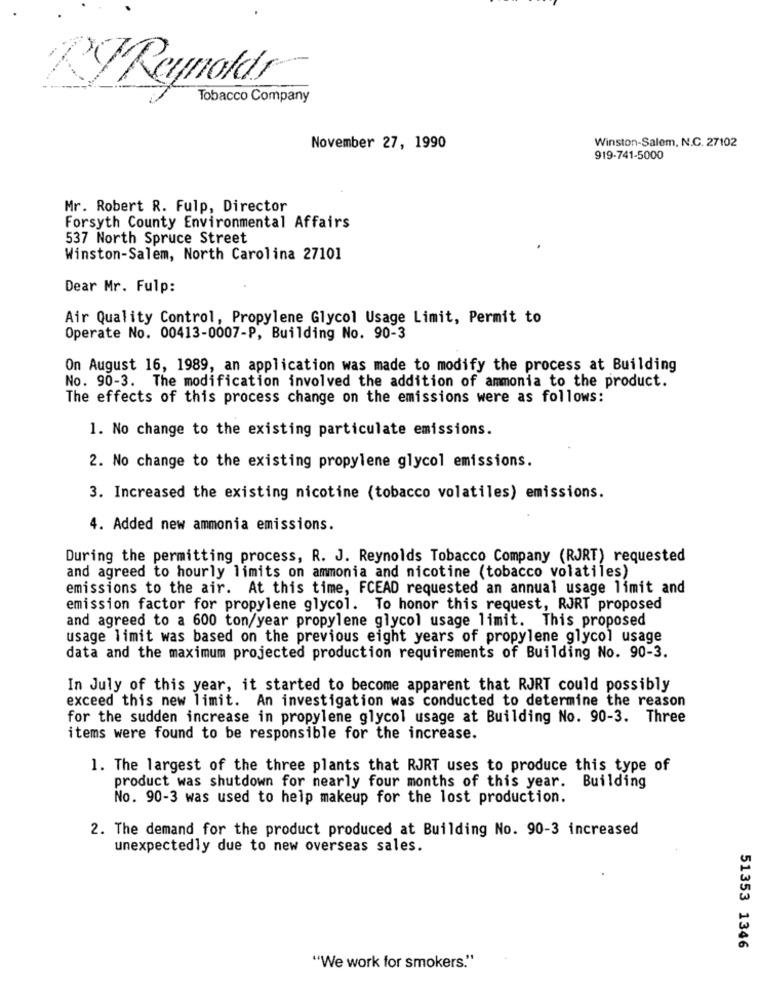
RT Reynolds
Tobacco Company
Winston-Salem, N.C. 27102
November 27, 1990
919-741-5000
Mr. Robert R. Fulp, Director
Forsyth County Environmental Affairs
537 North Spruce Street
Winston-Salem, North Carolina 27101
Dear Mr. Fulp:
Air Quality Control, Propylene Glycol Usage Limit, Permit to
Operate No. 00413-0007-P, Building No. 90-3
On August 16, 1989, an application was made to modify the process at Building
No. 90-3. The modification involved the addition of ammonia to the product.
The effects of this process change on the emissions were as follows:
1. No change to the existing particulate emissions.
2. No change to the existing propylene glycol emissions.
3. Increased the existing nicotine (tobacco volatiles) emissions.
4. Added new ammonia emissions.
During the permitting process, R. J. Reynolds Tobacco Company (RJRT) requested
and agreed to hourly limits on ammonia and nicotine (tobacco volatiles)
emissions to the air. At this time, FCEAD requested an annual usage limit and
emission factor for propylene glycol. To honor this request, RJRT proposed
and agreed to a 600 ton/year propylene glycol usage limit. This proposed
usage limit was based on the previous eight years of propylene glycol usage
data and the maximum projected production requirements of Building No. 90-3.
In July of this year, it started to become apparent that RJRT could possibly
exceed this new limit. An investigation was conducted to determine the reason
for the sudden increase in propylene glycol usage at Building No. 90-3. Three
items were found to be responsible for the increase.
1. The largest of the three plants that RJRT uses to produce this type of
product was shutdown for nearly four months of this year. Building
No. 90-3 was used to help makeup for the lost production.
2. The demand for the product produced at Building No. 90-3 increased
unexpectedly due to new overseas sales.
51353 1346
"We work for smokers."